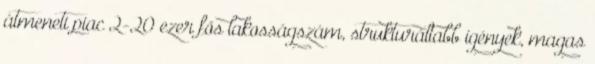
átmeneti piac 2-20 ezer fős lakosságszám, strukturáltabb igények, magas